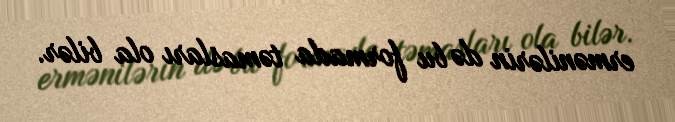
ermənilərin də bu formada təmasları ola bilər.